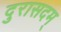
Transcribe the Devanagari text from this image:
दुरासदम्